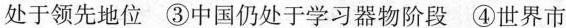
处于领先地位 ③中国仍处于学习器物阶段 ④世界市